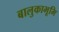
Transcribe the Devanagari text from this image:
बालुकाभूमि